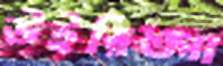
উইরিঙ্গা